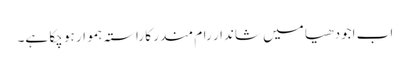
اب اجودھیا میں شاندار رام مندر کا راستہ ہموار ہو چکا ہے۔